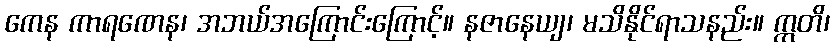
ကေန ကာရဏေန၊ အဘယ်အကြောင်းကြောင့်။ နဇာနေယျ၊ မသိနိုင်ရာသနည်း။ ဣတိ၊